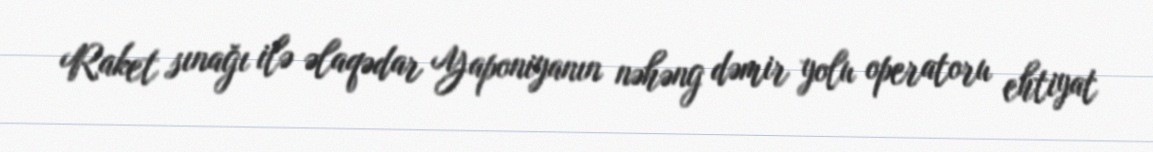
Raket sınağı ilə əlaqədar Yaponiyanın nəhəng dəmir yolu operatoru ehtiyat